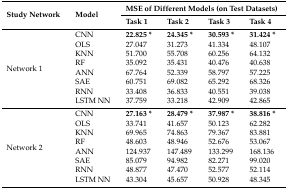
| <ROWSPAN=2> Study Network | <ROWSPAN=2> Model | <COLSPAN=4> MSE of Different Models (on Test Datasets) |
 | Task 1 | Task 2 | Task 3 | Task 4 |
 | --- | --- | --- | --- | --- | --- |
 | <ROWSPAN=8> Network 1 | CNN | 22.825 * | 24.345 * | 30.593 * | 31.424 * |
 | OLS | 27.047 | 31.273 | 41.334 | 48.107 |
 | KNN | 51.700 | 55.708 | 60.256 | 64.132 |
 | RF | 35.092 | 35.431 | 40.476 | 40.638 |
 | ANN | 67.764 | 52.339 | 58.797 | 57.225 |
 | SAE | 60.751 | 69.082 | 65.292 | 68.326 |
 | RNN | 33.408 | 36.833 | 40.551 | 39.038 |
 | LSTM NN | 37.759 | 33.218 | 42.909 | 42.865 |
 | <ROWSPAN=8> Network 2 | CNN | 27.163 * | 28.479 * | 37.987 * | 38.816 * |
 | OLS | 33.741 | 41.657 | 50.123 | 62.282 |
 | KNN | 69.965 | 74.863 | 79.367 | 83.881 |
 | RF | 48.603 | 48.946 | 52.676 | 53.067 |
 | ANN | 124.937 | 147.489 | 133.299 | 168.136 |
 | SAE | 85.079 | 94.982 | 82.271 | 99.020 |
 | RNN | 48.877 | 47.470 | 52.577 | 52.114 |
 | LSTM NN | 43.304 | 45.657 | 50.928 | 48.345 |